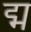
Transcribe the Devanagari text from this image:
द्म